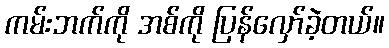
ကမ်းဘက်ကို အစ်ကို ပြန်လှော်ခဲ့တယ်။